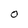
Character: 0